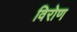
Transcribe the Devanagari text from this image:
विरोण